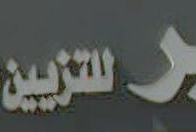
التربيين